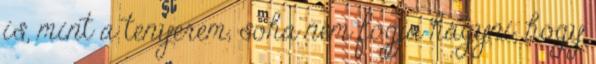
is, mint a tenyerem, soha nem fogja hagyni, hogy